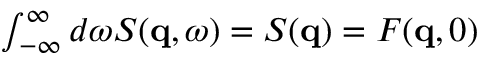
\begin{array} { r } { \int _ { - \infty } ^ { \infty } d \omega S ( \mathbf { q } , \omega ) = S ( \mathbf { q } ) = F ( \mathbf { q } , 0 ) } \end{array}